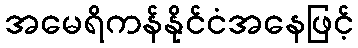
အမေရိကန်နိုင်ငံအနေဖြင့်